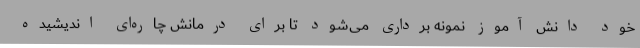
خود دانش آموز نمونه برداری می‌شود تا برای درمانش چاره‌ای اندیشیده